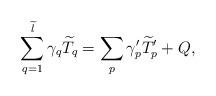
LaTeX: \begin{align*}\sum_{q = 1}^{\widetilde{l}} \gamma_q \widetilde{T}_q = \sum_{p} \gamma^{\prime}_p \widetilde{T}_p^{\prime} + Q,\end{align*}